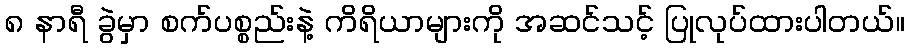
၈ နာရီ ခွဲမှာ စက်ပစ္စည်းနဲ့ ကိရိယာများကို အဆင်သင့် ပြုလုပ်ထားပါတယ်။